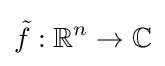
{\tilde {f}}:\mathbb {R} ^{n}\to \mathbb {C}